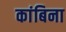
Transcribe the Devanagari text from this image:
कांबिना